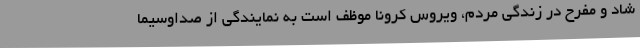
شاد و مفرح در زندگی مردم، ویروس کرونا موظف است به نمایندگی از صداوسیما